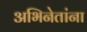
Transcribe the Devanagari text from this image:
अभिनेतांना